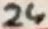
Text: 24